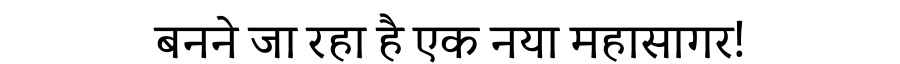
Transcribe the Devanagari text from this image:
बनने जा रहा है एक नया महासागर!